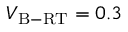
V _ { \mathrm { B - R T } } = 0 . 3